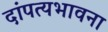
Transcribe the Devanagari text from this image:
दांपत्यभावना